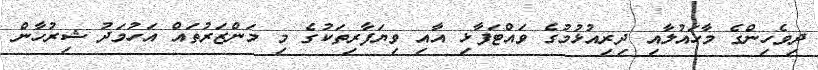
ދިވެހިންގެ މާހައުލާއި ދިރިއުޅުމުގެ ވައްޓަފާޅި އާއި ވިޔަފާރިތަކުގެ މި މަންޒަރުތައް އަހުމަދު ޝިރުހާން